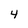
Character: 4